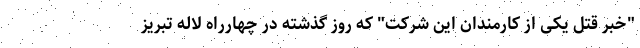
"خبر قتل یکی از کارمندان این شرکت" که روز گذشته در چهارراه لاله تبریز